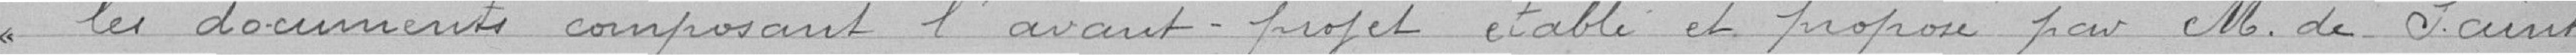
les documents composant l'avant projet, établi et proposé par Monsieur de Saint-